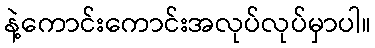
နဲ့ကောင်းကောင်းအလုပ်လုပ်မှာပါ။